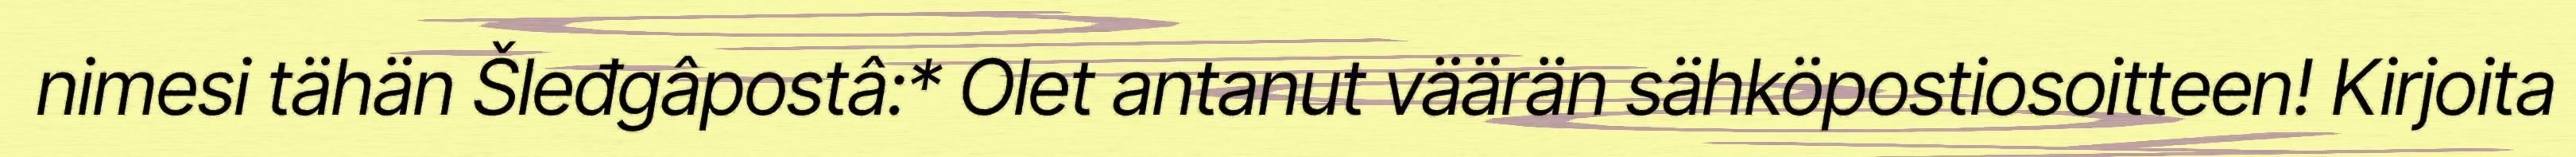
nimesi tähän Šleđgâpostâ:* Olet antanut väärän sähköpostiosoitteen! Kirjoita